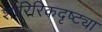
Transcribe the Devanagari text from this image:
शारिरिकदृष्ट्या